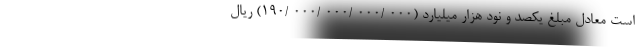
است معادل مبلغ یکصد و نود هزار میلیارد (000 /000 /000 /000 /190) ریال